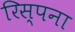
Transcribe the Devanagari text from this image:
रिस्पना